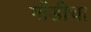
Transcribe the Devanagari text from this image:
गोंडीचा